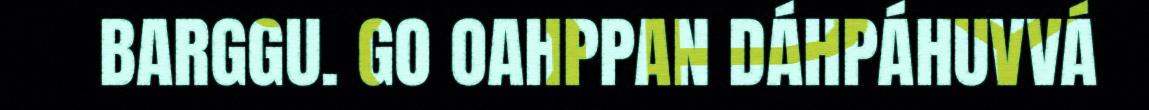
BARGGU. GO OAHPPAN DÁHPÁHUVVÁ